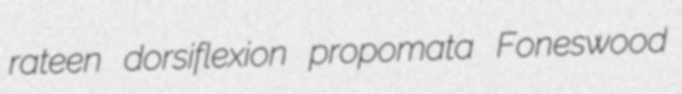
rateen dorsiflexion propomata Foneswood